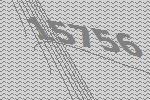
15756